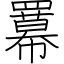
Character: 羃